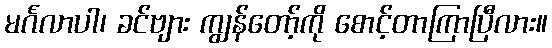
မင်္ဂလာပါ၊ ခင်ဗျား ကျွန်တော့်ကို စောင့်တာကြာပြီလား။